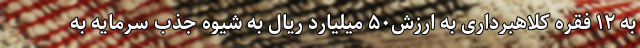
به ۱۲ فقره کلاهبرداری به ارزش۵۰ میلیارد ریال به شیوه جذب سرمایه به